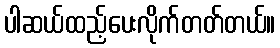
ပါဆယ်ထည့်ပေးလိုက်တတ်တယ်။